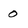
Character: 0